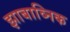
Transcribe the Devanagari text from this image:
झाबाव्निक